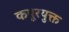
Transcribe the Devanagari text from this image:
कपूरयुक्त